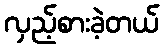
လှည့်စားခဲ့တယ်